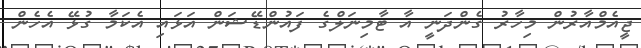
ޖީއެމްއާރުން މިހާރު ގެންދަނީ އާ ޓާމިނަލްގެ ފައުންޑޭޝަން އަޅައި އެކަމާ ގުޅޭ އެހެން